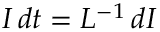
I \, d t = L ^ { - 1 } \, d I